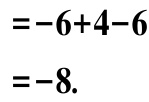
\[
\begin{align*}
&=-6 + 4-6\\
&=-8.
\end{align*}
\]